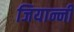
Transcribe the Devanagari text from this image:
जियान्नी